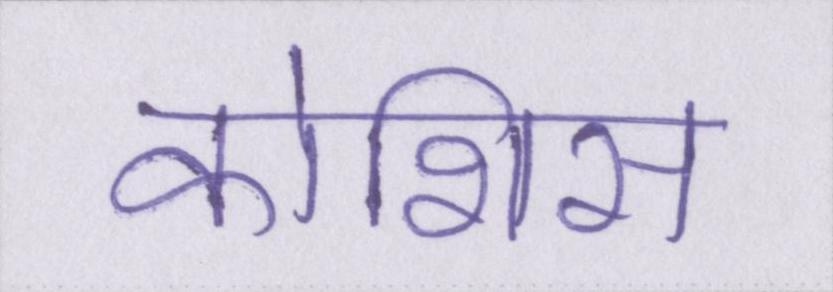
कोशिस